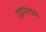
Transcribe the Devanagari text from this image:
उद्गमभाषा